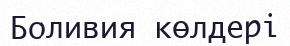
Боливия көлдері